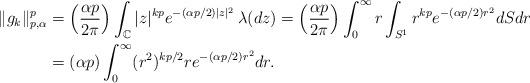
LaTeX: \begin{align*}\|g_k\|_{p, \alpha}^p &= \left(\frac{\alpha p}{2\pi}\right)\int_{\mathbb{C}} |z|^{kp} e^{-(\alpha p/2) |z|^2}\,\lambda(dz)= \left(\frac{\alpha p}{2\pi}\right)\int_0^\infty r\int_{S^{1}} r^{kp}e^{-(\alpha p/2) r^2}dSdr \\&= (\alpha p) \int_0^\infty (r^2)^{kp/2}re^{-(\alpha p/2) r^2}dr.\end{align*}